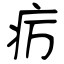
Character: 疠